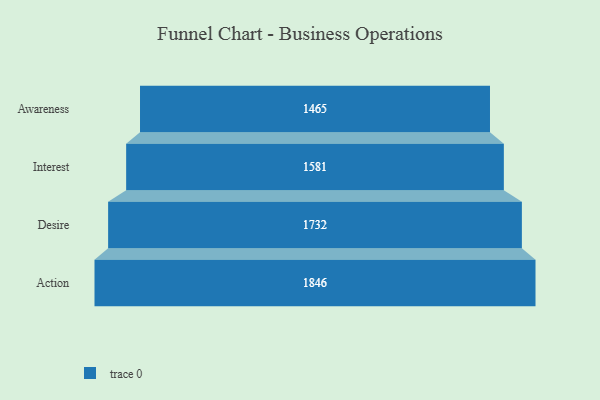
{"axis": {"x": "Stage", "y": "Value"}, "legend": [""], "data": [{"x": "Awareness", "y": 1465.0, "type": ""}, {"x": "Interest", "y": 1581.0, "type": ""}, {"x": "Desire", "y": 1732.0, "type": ""}, {"x": "Action", "y": 1846.0, "type": ""}]}